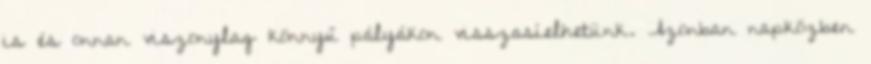
is és onnan viszonylag könnyű pályákon visszasíelhetünk. Azonban napközben